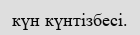
күн күнтізбесі.